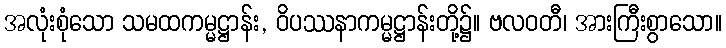
အလုံးစုံသော သမထကမ္မဋ္ဌာန်း, ဝိပဿနာကမ္မဋ္ဌာန်းတို့၌။ ဗလဝတီ၊ အားကြီးစွာသော။